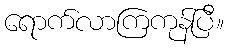
ရောက်လာကြကုန်ပြီ။